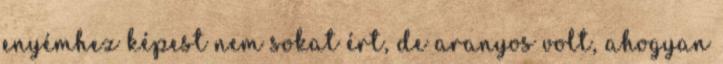
enyémhez képest nem sokat ért, de aranyos volt, ahogyan